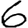
Digit: 6